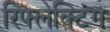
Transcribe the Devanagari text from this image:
रिफ्लेक्टिंग